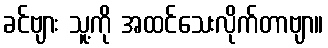
ခင်ဗျား သူ့ကို အထင်သေးလိုက်တာဗျာ။